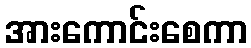
အားကောင်းစေကာ